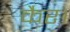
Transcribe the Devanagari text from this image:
कैर।